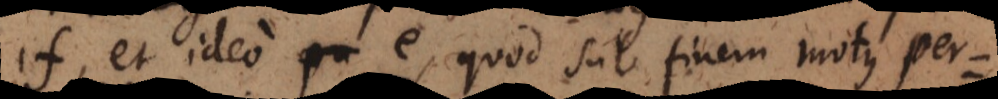
, et ideo e, quod sub finem motus pervenit